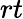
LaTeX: rt